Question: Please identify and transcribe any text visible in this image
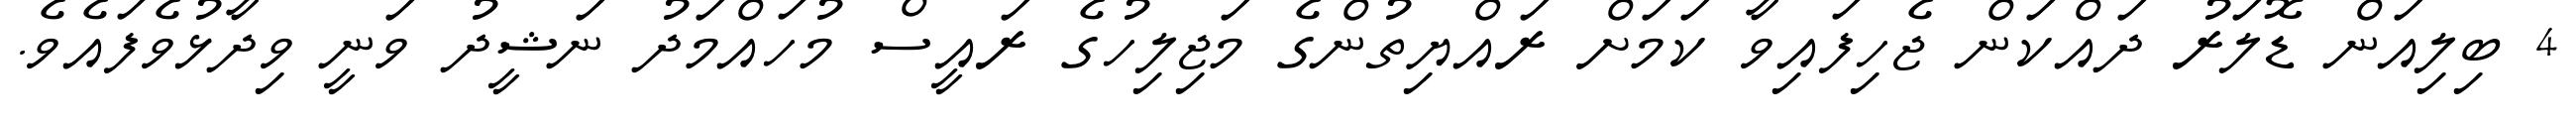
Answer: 4 ބިލިއަން ޑޮލަރު ދައްކަން ޖެހިފައިވާ ކަމަށް ރައްޔިތުންގެ މަޖިލިހުގެ ރައީސް މުހައްމަދު ނަޝީދު ވަނީ ވިދާޅުވެފައެވެ.